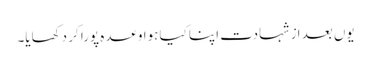
یوں بعد اَز شہادت اپنا کیا ہوا وعدہ پورا کر دکھایا۔